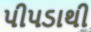
પીપડાથી